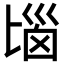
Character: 匘